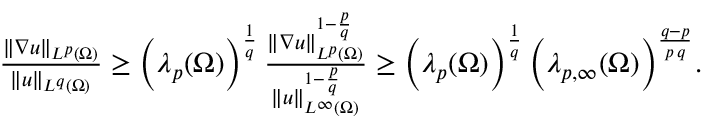
\begin{array} { r } { \frac { \| \nabla u \| _ { L ^ { p } ( \Omega ) } } { \| u \| _ { L ^ { q } ( \Omega ) } } \ge \Big ( \lambda _ { p } ( \Omega ) \Big ) ^ { \frac { 1 } { q } } \, \frac { \| \nabla u \| _ { L ^ { p } ( \Omega ) } ^ { 1 - \frac { p } { q } } } { \| u \| _ { L ^ { \infty } ( \Omega ) } ^ { 1 - \frac { p } { q } } } \ge \Big ( \lambda _ { p } ( \Omega ) \Big ) ^ { \frac { 1 } { q } } \, \Big ( \lambda _ { p , \infty } ( \Omega ) \Big ) ^ { \frac { q - p } { p \, q } } . } \end{array}